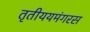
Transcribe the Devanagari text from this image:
तृतीययमंगरस